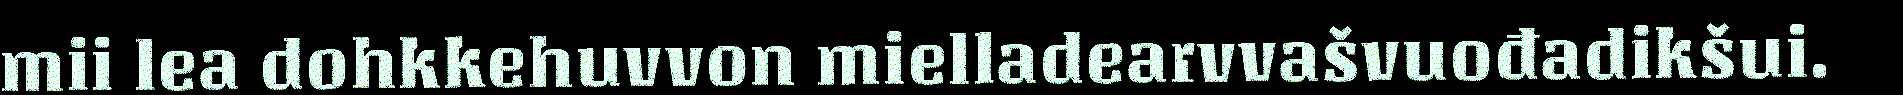
mii lea dohkkehuvvon mielladearvvašvuođadikšui.